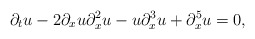
\begin{align*} \partial_tu - 2\partial_xu\partial_x^2u - u\partial_x^3u + \partial_x^5u = 0,\end{align*}